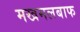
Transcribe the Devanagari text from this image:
मखमलबाफ